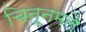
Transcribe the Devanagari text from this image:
चिन्नमलै